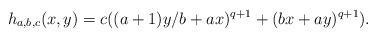
LaTeX: \begin{align*}h_{a,b,c}(x,y) = c ((a+1)y/b + ax)^{q+1} + (bx + ay)^{q+1}).\end{align*}